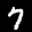
Label: 7